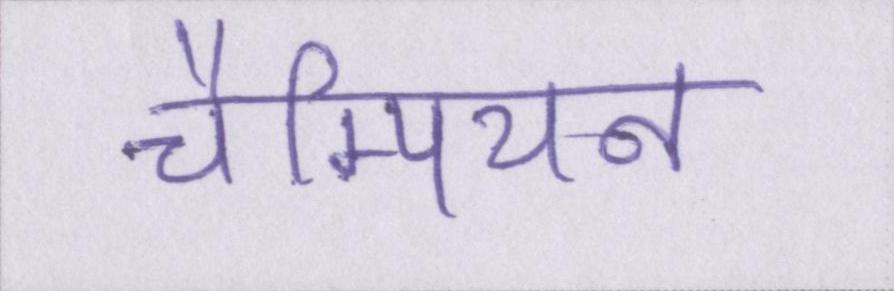
चैम्पियन